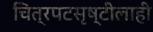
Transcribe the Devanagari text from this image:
चित्रपटसृष्टीलाही